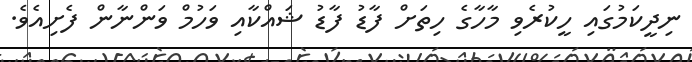
ނިދީކަމުގައި ހީކުރެވި މާހާގެ ހިތަށް ފާޑު ފާޑު ޝައްކާއި ވަހުމް ވަންނާން ފެށިއެވެ.